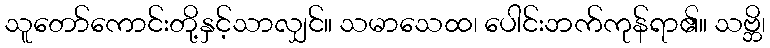
သူတော်ကောင်းတို့နှင့်သာလျှင်။ သမာသေထ၊ ပေါင်းဘက်ကုန်ရာ၏။ သဗ္ဘိ၊